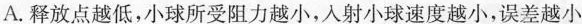
A.释放点越低,小球所受阻力越小,入射小球速度越小,误差越小